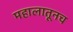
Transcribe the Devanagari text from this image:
महालातूनच